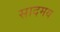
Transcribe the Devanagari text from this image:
सादमय